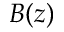
B ( z )